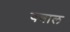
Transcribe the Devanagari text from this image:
वबाल